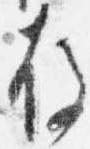
存